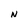
Character: N